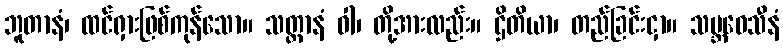
ဘူတာနံ၊ ထင်ရှားဖြစ်ကုန်သော။ သတ္တာနံ ဝါ၊ တို့အားလည်း။ ဌိတိယာ၊ တည်ခြင်းငှာ။ သမ္ဘဝေသီနံ